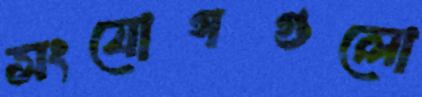
সংযোগগুলো